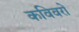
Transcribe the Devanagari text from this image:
कविवरों